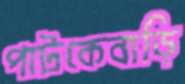
পাটকেবাড়ি